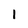
Character: 1